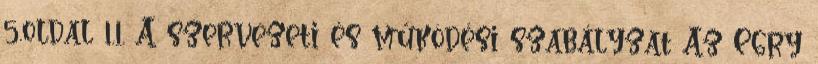
5.oldal 1.1. A szervezeti és működési szabályzat Az Egry